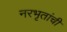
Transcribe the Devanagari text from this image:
नरभृतांची